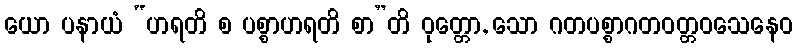
ယော ပနာယံ “ဟရတိ စ ပစ္စာဟရတိ စာ”တိ ဝုတ္တော, သော ဂတပစ္စာဂတဝတ္တဝသေနေဝ